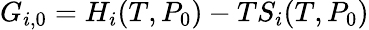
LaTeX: G_{i,0}=H_{i}(T,P_{0})-TS_{i}(T,P_{0})